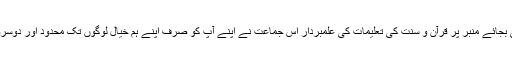
قصے کہانیوں و کرامات کی بجائے منبر پر قرآن و سنت کی تعلیمات کی علمبردار اس جماعت نے اپنے آپ کو صرف اپنے ہم خیال لوگوں تک محدود اور دوسروں سے قطع تعلق کر لیا ہے۔